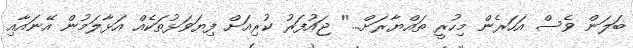
ބަލަން ވެސް އަހަަރެން މިހުރީ ތައްޔާރަށް...'' ޖައުފަރު ކުރިއަށް ފިޔަވަޅުތަކެއް އަޅާލަމުން އޭނައާއި